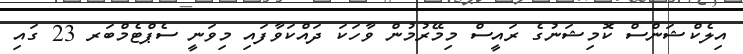
އިލެކްޝަންސް ކޮމިޝަނުގެ ރައީސް މިމޭރުމުން ވާހަކަ ދައްކަވާފައި މިވަނީ ސެޕްޓެމްބަރ 23 ގައި